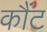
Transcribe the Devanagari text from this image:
कौंट